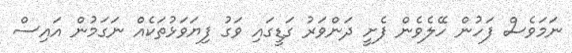
ނަމަވެސް ފަހުން ހޭލެވެން ފެށީ ދަންވަރު ގަޑީގައި ވަގު ފިޔަވަޅުތަކެއް ނަގަމުން އައިސް